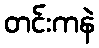
တင်းကနဲ